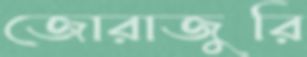
জোরাজুরি